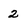
Character: 2